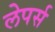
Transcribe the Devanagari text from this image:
लेपर्स